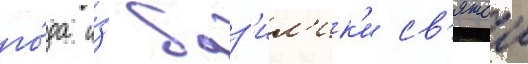
го́да и́з баз'ил'ик'и св'ятои